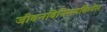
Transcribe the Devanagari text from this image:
जीवनविनिमयक्रियेस